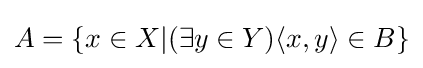
A=\{x\in X|(\exists y\in Y)\langle x,y\rangle \in B\}